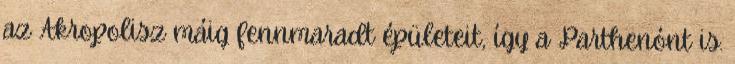
az Akropolisz máig fennmaradt épületeit, így a Parthenónt is.